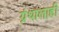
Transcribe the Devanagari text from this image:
ग्रंथालाही